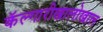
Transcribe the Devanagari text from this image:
कॅल्गारीखालोखाल